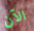
الآن